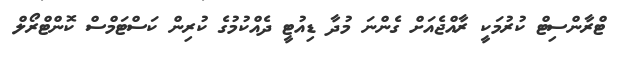
ޓްރާންސިޓް ކުރުމަކީ ރާއްޖެއަށް ގެންނަ މުދާ ޑިއުޓީ ދެއްކުމުގެ ކުރިން ކަސްޓަމްސް ކޮންޓްރޯލް